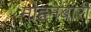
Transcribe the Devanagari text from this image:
मोहनबारी